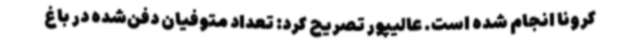
کرونا انجام شده است. عالیپور تصریح کرد: تعداد متوفیان دفن‌شده در باغ